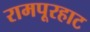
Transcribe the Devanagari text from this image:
रामपूरहाट